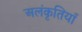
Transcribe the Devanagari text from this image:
अलंकृतियाँ